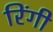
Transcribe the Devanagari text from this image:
रिंगी